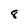
Character: 8